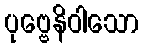
ပုဗ္ဗေနိဝါသော